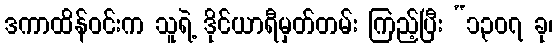
ဒကာထိန်ဝင်းက သူရဲ့ ဒိုင်ယာရီမှတ်တမ်း ကြည့်ပြီး “၁၃၀၇ ခု၊